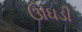
ઊઘડી